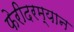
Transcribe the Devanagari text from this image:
फेरीदरम्यान